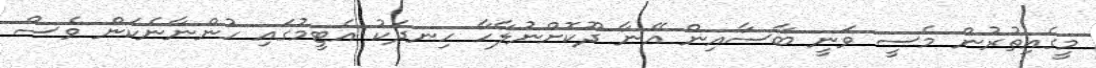
މީގެއިތުރުން މެސީ ވަނީ ބާސާއިން އޭނާ ދޫކޮށްނުލާހާ ހިނދަކު އެޓީމުގައި ހުންނާނެކަން ވެސް